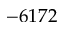
- 6 1 7 2